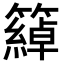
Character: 𥵤